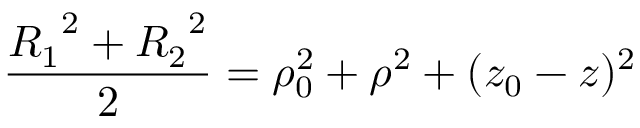
\frac { { R _ { 1 } } ^ { 2 } + { R _ { 2 } } ^ { 2 } } { 2 } = \rho _ { 0 } ^ { 2 } + \rho ^ { 2 } + ( z _ { 0 } - z ) ^ { 2 }